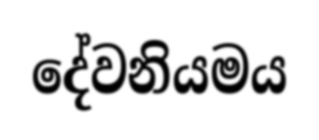
දේවනියමය